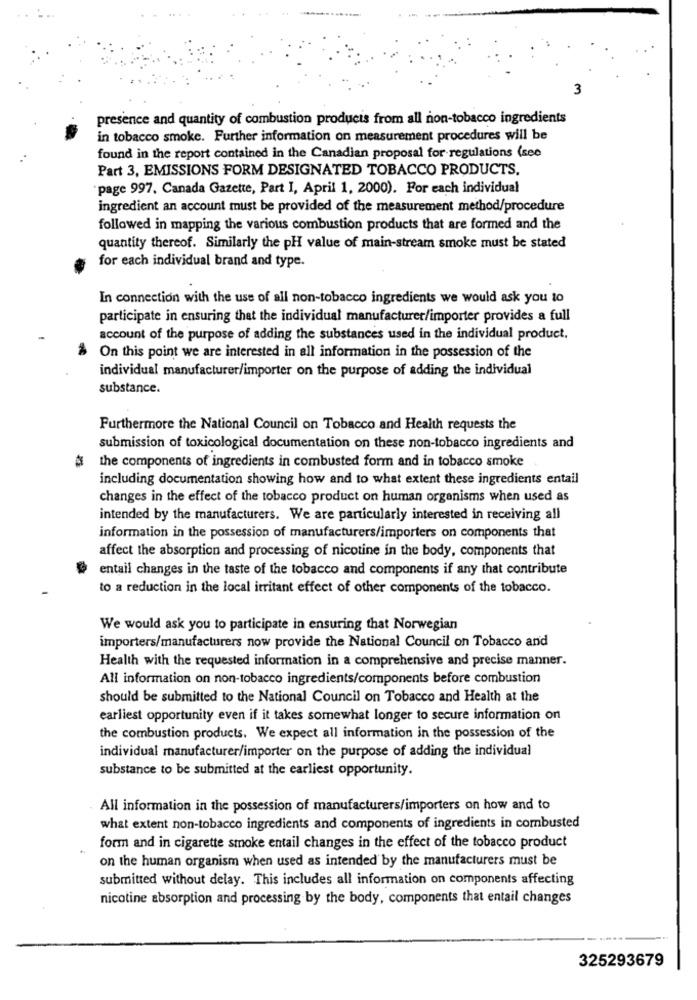
3
presence and quantity of combustion products from all non-tobacco ingredients
in tobacco smoke. Further information on measurement procedures will be
found in the report contained in the Canadian proposal for regulations (see
Part 3, EMISSIONS FORM DESIGNATED TOBACCO PRODUCTS,
page 997. Canada Gazette, Part I, April 1, 2000). For each individual
ingredient an account must be provided of the measurement method/procedure
followed in mapping the various combustion products that are formed and the
quantity thereof. Similarly the pH value of main-stream smoke must be stated
for each individual brand and type.
In connection with the use of all non-tobacco ingredients we would ask you to
participate in ensuring that the individual manufacturer/importer provides a full
account of the purpose of adding the substances used in the individual product.
On this point we are interested in all information in the possession of the
individual manufacturer/importer on the purpose of adding the individual
substance.
Furthermore the National Council on Tobacco and Health requests the
submission of toxicological documentation on these non-tobacco ingredients and
§ the components of ingredients in combusted form and in tobacco smoke
including documentation showing how and to what extent these ingredients entail
changes in the effect of the tobacco product on human organisms when used as
intended by the manufacturers. We are particularly interested in receiving all
information in the possession of manufacturers/importers on components that
affect the absorption and processing of nicotine in the body, components that
entail changes in the taste of the tobacco and components if any that contribute
to a reduction in the local irritant effect of other components of the tobacco.
We would ask you to participate in ensuring that Norwegian
importers/manufacturers now provide the National Council on Tobacco and
Health with the requested information in a comprehensive and precise manner.
All information on non-tobacco ingredients/components before combustion
should be submitted to the National Council on Tobacco and Health at the
earliest opportunity even if it takes somewhat longer to secure information on
the combustion products. We expect all information in the possession of the
individual manufacturer/importer on the purpose of adding the individual
substance to be submitted at the earliest opportunity.
All information in the possession of manufacturers/importers on how and to
what extent non-tobacco ingredients and components of ingredients in combusted
form and in cigarette smoke entail changes in the effect of the tobacco product
on the human organism when used as intended by the manufacturers must be
submitted without delay. This includes all information on components affecting
nicotine absorption and processing by the body, components that entail changes
325293679